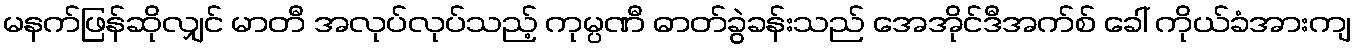
မနက်ဖြန်ဆိုလျှင် မာတီ အလုပ်လုပ်သည့် ကုမ္ပဏီ ဓာတ်ခွဲခန်းသည် အေအိုင်ဒီအက်စ် ခေါ် ကိုယ်ခံအားကျ